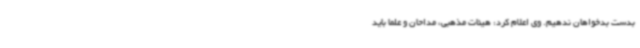
بدست بدخواهان ندهیم. وی اعلام کرد: هیئات مذهبی، مداحان و علما باید